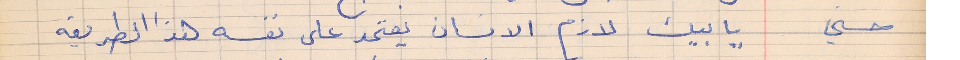
حسني     يا بيك لازم الانسان يعتمد على نفسه هذا الطريقه